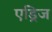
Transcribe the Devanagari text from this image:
एड्रिज